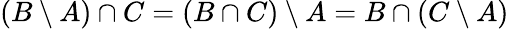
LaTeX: (B\setminus A)\cap C=(B\cap C)\setminus A=B\cap(C\setminus A)